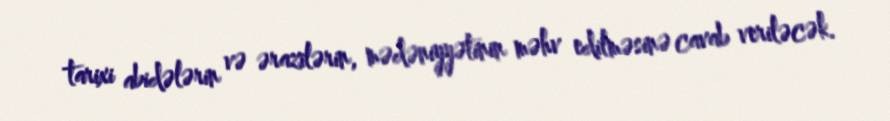
tarixi abidələrin və ərazilərin, mədəniyyətinin məhv edilməsinə cavab veriləcək.